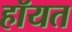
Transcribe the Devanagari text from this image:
हॉयत